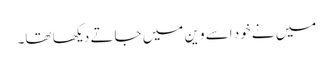
میں نے خود اسے وین میں جاتے دیکھا تھا۔